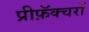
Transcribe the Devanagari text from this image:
प्रीफ़ॅक्चरों